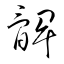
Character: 髀